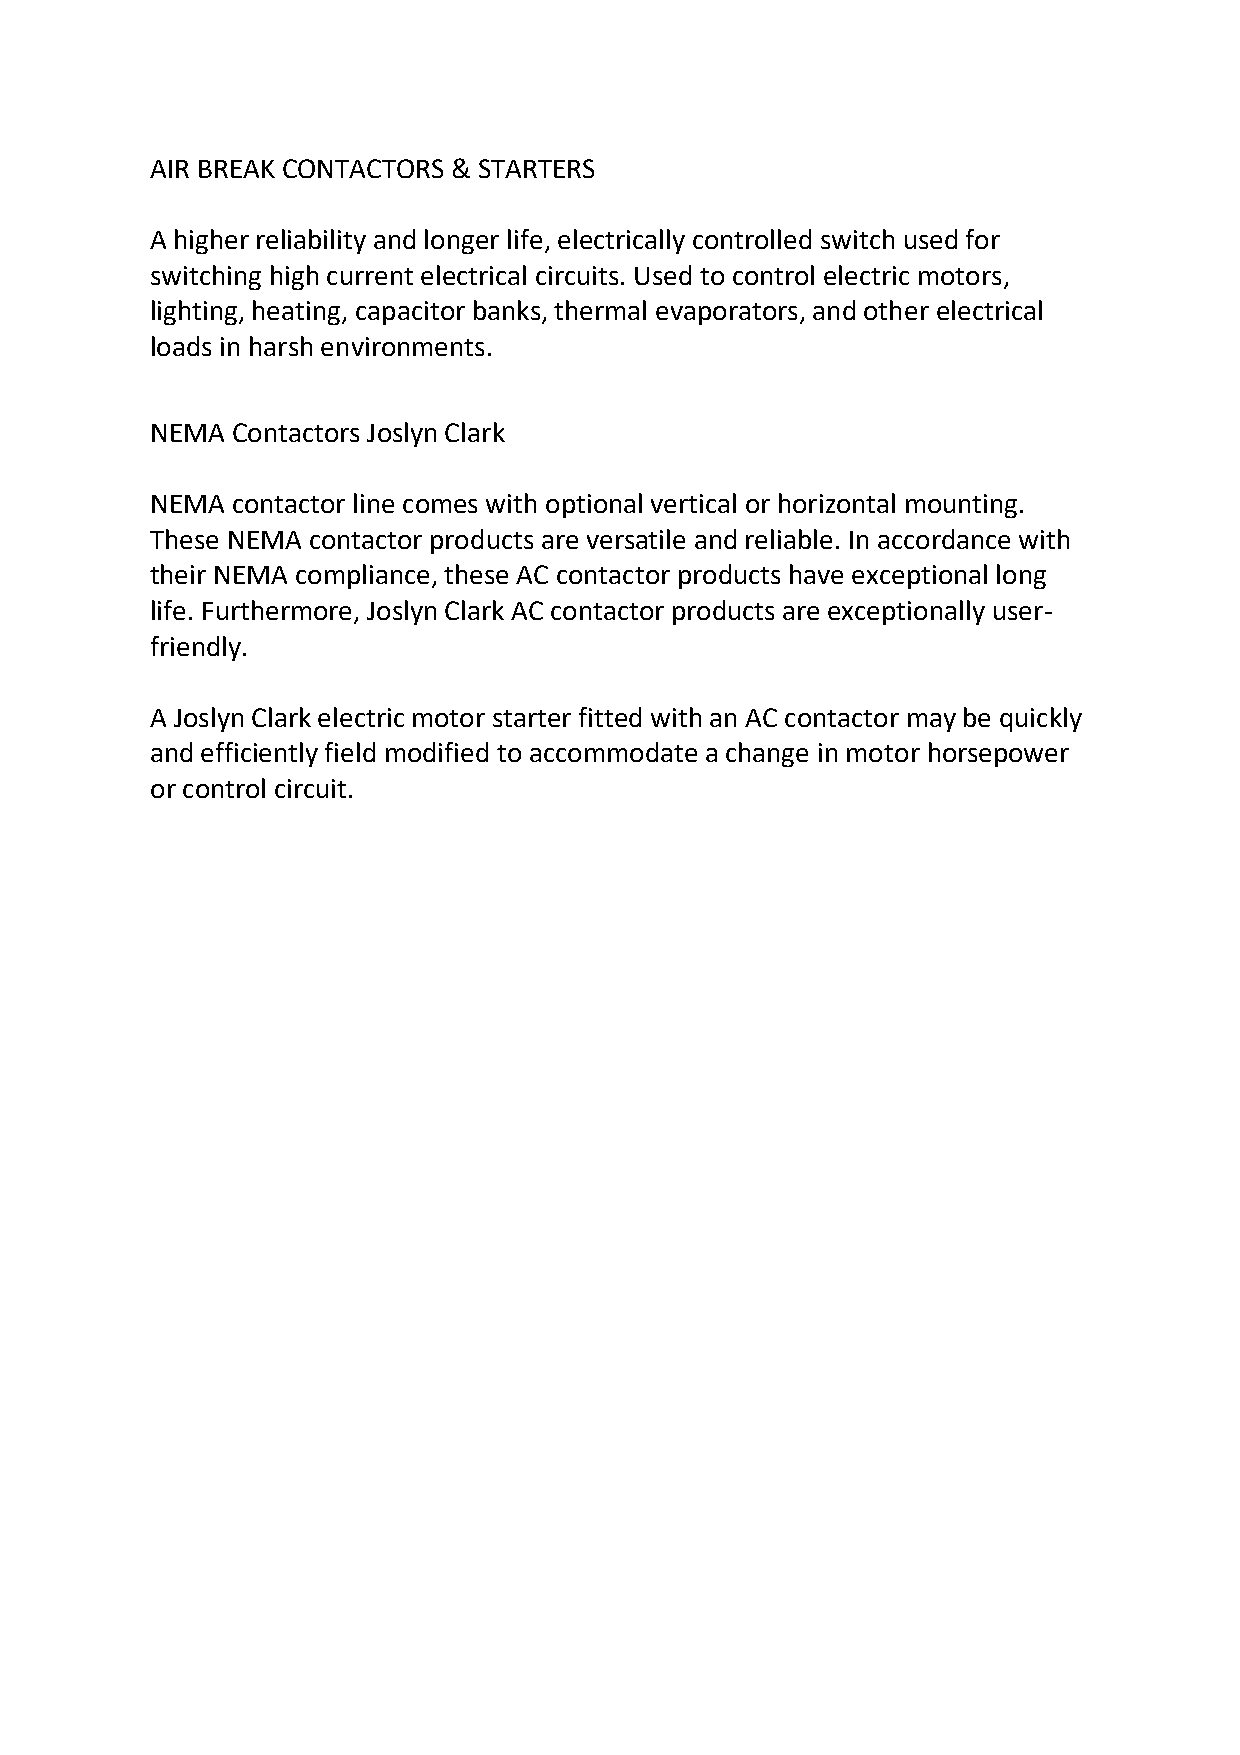
AIR BREAK CONTACTORS & STARTERS
 A higher reliability and longer life, electrically controlled switch used for
 switching high current electrical circuits. Used to control electric motors,
 lighting, heating, capacitor banks, thermal evaporators, and other electrical
 loads in harsh environments.
 NEMA Contactors Joslyn Clark
 NEMA contactor line comes with optional vertical or horizontal mounting.
 These NEMA contactor products are versatile and reliable. In accordance with
 their NEMA compliance, these AC contactor products have exceptional long
 life. Furthermore, Joslyn Clark AC contactor products are exceptionally user-
 friendly.
 A Joslyn Clark electric motor starter fitted with an AC contactor may be quickly
 and efficiently field modified to accommodate a change in motor horsepower
 or control circuit.